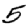
Digit: 5